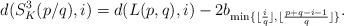
LaTeX: \begin{align*}d(S^3_K(p/q), i)=d(L(p,q), i)-2b_{\min\{\lfloor\frac{i}q\rfloor,\lfloor\frac{p+q-i-1}q\rfloor\}}.\end{align*}